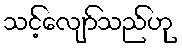
သင့်လျော်သည်ဟု